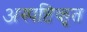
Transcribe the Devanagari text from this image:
अस्पष्टिकृत